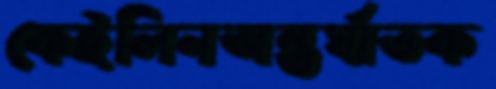
কেইলিনঅন্তর্ঘাতক